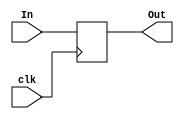
module register_state(In,clk,Out);

	input clk;
	input [31:0] In;
	output reg [31:0] Out;
	
	always @(posedge clk)
	begin
	Out<= In;
	end

endmodule